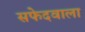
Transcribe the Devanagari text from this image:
सफेदवाला